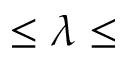
\leq \lambda \leq